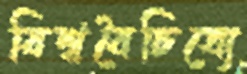
বিশ্ববৈচিত্র্যে